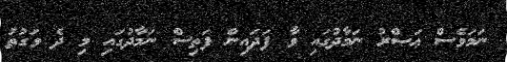
ނަމަވެސް ޢަޞްރު ނަމާދުގައި ވާ ފަދައިން ފަތިސް ނަމާދުގައި މި ދެ ވަގުތު